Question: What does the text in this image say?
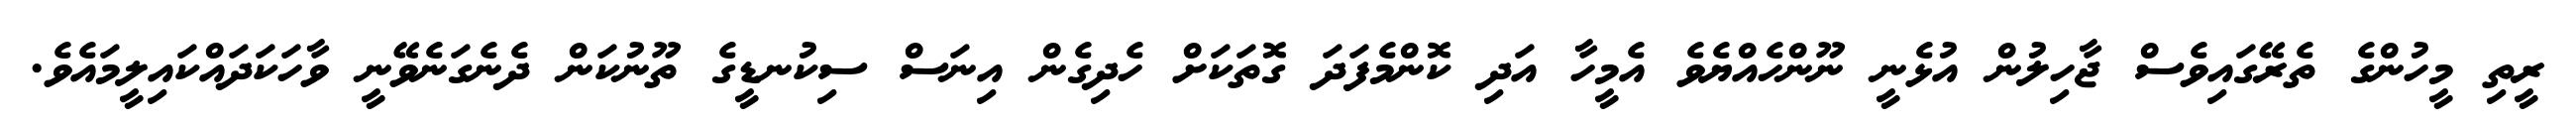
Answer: ރީތި މީހުންގެ ތެރޭގައިވެސް ޖާހިލުން އުޅެނީ ނޫންހެއްޔެވެ އެމީހާ އަދި ކޮންމެފަދަ ގޮތަކަށް ހެދިގެން އިނަސް ސިކުނޑީގެ ތޫނުކަން ދެނެގަނެވޭނީ ވާހަކަދައްކައިލީމައެވެ.